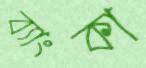
ব্যাংকা